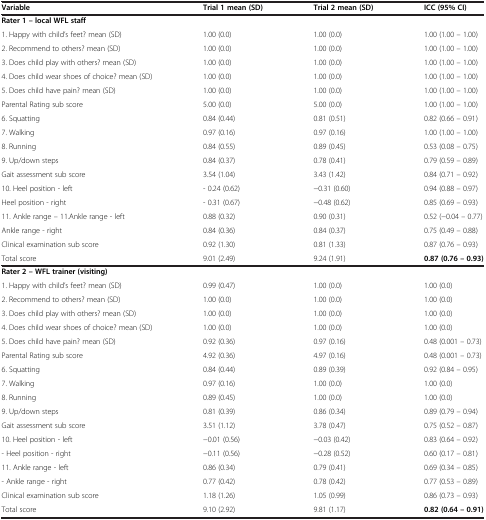
<table><thead><tr><td><b>Variable</b></td><td><b>Trial 1 mean (SD)</b></td><td><b>Trial 2 mean (SD)</b></td><td><b>ICC (95% CI)</b></td></tr></thead><tbody><tr><td><b>Rater 1 – local WFL staff</b></td><td> </td><td> </td><td> </td></tr><tr><td>1. Happy with child’s feet? mean (SD)</td><td>1.00 (0.0)</td><td>1.00 (0.0)</td><td>1.00 (1.00 – 1.00)</td></tr><tr><td>2. Recommend to others? mean (SD)</td><td>1.00 (0.0)</td><td>1.00 (0.0)</td><td>1.00 (1.00 – 1.00)</td></tr><tr><td>3. Does child play with others? mean (SD)</td><td>1.00 (0.0)</td><td>1.00 (0.0)</td><td>1.00 (1.00 – 1.00)</td></tr><tr><td>4. Does child wear shoes of choice? mean (SD)</td><td>1.00 (0.0)</td><td>1.00 (0.0)</td><td>1.00 (1.00 – 1.00)</td></tr><tr><td>5. Does child have pain? mean (SD)</td><td>1.00 (0.0)</td><td>1.00 (0.0)</td><td>1.00 (1.00 – 1.00)</td></tr><tr><td>Parental Rating sub score</td><td>5.00 (0.0)</td><td>5.00 (0.0)</td><td>1.00 (1.00 – 1.00)</td></tr><tr><td>6. Squatting</td><td>0.84 (0.44)</td><td>0.81 (0.51)</td><td>0.82 (0.66 – 0.91)</td></tr><tr><td>7. Walking</td><td>0.97 (0.16)</td><td>0.97 (0.16)</td><td>1.00 (1.00 – 1.00)</td></tr><tr><td>8. Running</td><td>0.84 (0.55)</td><td>0.89 (0.45)</td><td>0.53 (0.08 – 0.75)</td></tr><tr><td>9. Up/down steps</td><td>0.84 (0.37)</td><td>0.78 (0.41)</td><td>0.79 (0.59 – 0.89)</td></tr><tr><td>Gait assessment sub score</td><td>3.54 (1.04)</td><td>3.43 (1.42)</td><td>0.84 (0.71 – 0.92)</td></tr><tr><td>10. Heel position - left</td><td>- 0.24 (0.62)</td><td>-0.31 (0.60)</td><td>0.94 (0.88 – 0.97)</td></tr><tr><td>Heel position - right</td><td>- 0.31 (0.67)</td><td>-0.48 (0.62)</td><td>0.85 (0.69 – 0.93)</td></tr><tr><td>11. Ankle range – 11.Ankle range - left</td><td>0.88 (0.32)</td><td>0.90 (0.31)</td><td>0.52 (-0.04 – 0.77)</td></tr><tr><td>Ankle range - right</td><td>0.84 (0.36)</td><td>0.84 (0.37)</td><td>0.75 (0.49 – 0.88)</td></tr><tr><td>Clinical examination sub score</td><td>0.92 (1.30)</td><td>0.81 (1.33)</td><td>0.87 (0.76 – 0.93)</td></tr><tr><td>Total score</td><td>9.01 (2.49)</td><td>9.24 (1.91)</td><td><b>0.87 (0.76 – 0.93)</b></td></tr><tr><td><b>Rater 2 – WFL trainer (visiting)</b></td><td> </td><td> </td><td> </td></tr><tr><td>1. Happy with child’s feet? mean (SD)</td><td>0.99 (0.47)</td><td>1.00 (0.0)</td><td>1.00 (0.0)</td></tr><tr><td>2. Recommend to others? mean (SD)</td><td>1.00 (0.0)</td><td>1.00 (0.0)</td><td>1.00 (0.0)</td></tr><tr><td>3. Does child play with others? mean (SD)</td><td>1.00 (0.0)</td><td>1.00 (0.0)</td><td>1.00 (0.0)</td></tr><tr><td>4. Does child wear shoes of choice? mean (SD)</td><td>1.00 (0.0)</td><td>1.00 (0.0)</td><td>1.00 (0.0)</td></tr><tr><td>5. Does child have pain? mean (SD)</td><td>0.92 (0.36)</td><td>0.97 (0.16)</td><td>0.48 (0.001 – 0.73)</td></tr><tr><td>Parental Rating sub score</td><td>4.92 (0.36)</td><td>4.97 (0.16)</td><td>0.48 (0.001 – 0.73)</td></tr><tr><td>6. Squatting</td><td>0.84 (0.44)</td><td>0.89 (0.39)</td><td>0.92 (0.84 – 0.95)</td></tr><tr><td>7. Walking</td><td>0.97 (0.16)</td><td>1.00 (0.0)</td><td>1.00 (0.0)</td></tr><tr><td>8. Running</td><td>0.89 (0.45)</td><td>1.00 (0.0)</td><td>1.00 (0.0)</td></tr><tr><td>9. Up/down steps</td><td>0.81 (0.39)</td><td>0.86 (0.34)</td><td>0.89 (0.79 – 0.94)</td></tr><tr><td>Gait assessment sub score</td><td>3.51 (1.12)</td><td>3.78 (0.47)</td><td>0.75 (0.52 – 0.87)</td></tr><tr><td>10. Heel position - left</td><td>-0.01 (0.56)</td><td>-0.03 (0.42)</td><td>0.83 (0.64 – 0.92)</td></tr><tr><td>- Heel position - right</td><td>-0.11 (0.56)</td><td>-0.28 (0.52)</td><td>0.60 (0.17 – 0.81)</td></tr><tr><td>11. Ankle range - left</td><td>0.86 (0.34)</td><td>0.79 (0.41)</td><td>0.69 (0.34 – 0.85)</td></tr><tr><td>- Ankle range - right</td><td>0.77 (0.42)</td><td>0.78 (0.42)</td><td>0.77 (0.53 – 0.89)</td></tr><tr><td>Clinical examination sub score</td><td>1.18 (1.26)</td><td>1.05 (0.99)</td><td>0.86 (0.73 – 0.93)</td></tr><tr><td>Total score</td><td>9.10 (2.92)</td><td>9.81 (1.17)</td><td><b>0.82 (0.64 – 0.91)</b></td></tr></tbody></table>